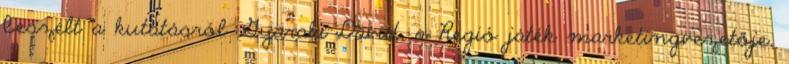
beszélt a kutatásról Gyaraki Dávid, a Regió játék marketingvezetője.